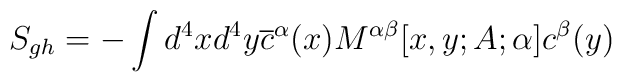
S_{gh}=-\int d^{4}xd^{4}y\overline{c}^{\alpha }(x)M^{\alpha \beta }[x,y;A;\alpha ]c^{\beta }(y)